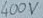
Text: 400V